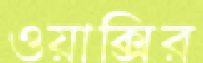
ওয়াক্সির